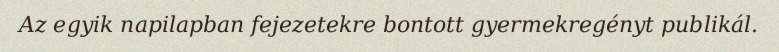
Az egyik napilapban fejezetekre bontott gyermekregényt publikál.